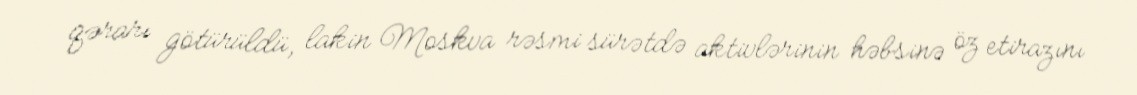
qərarı götürüldü, lakin Moskva rəsmi sürətdə aktivlərinin həbsinə öz etirazını